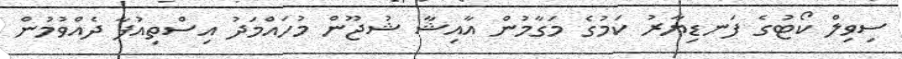
ސިވިލް ކޯޓުގެ ފަނޑިޔާރު ކަމުގެ މަގާމުން އާއިޝާ ޝުޖޫން މުހައްމަދު އިސްތިއުފާ ދެއްވުމުން